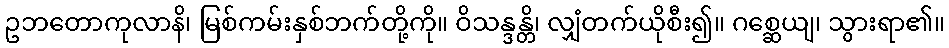
ဥဘတောကုလာနိ၊ မြစ်ကမ်းနှစ်ဘက်တို့ကို။ ဝိသန္ဒန္တိ၊ လျှံတက်ယိုစီး၍။ ဂစ္ဆေယျ၊ သွားရာ၏။